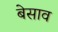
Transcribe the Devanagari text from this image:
बेसाव